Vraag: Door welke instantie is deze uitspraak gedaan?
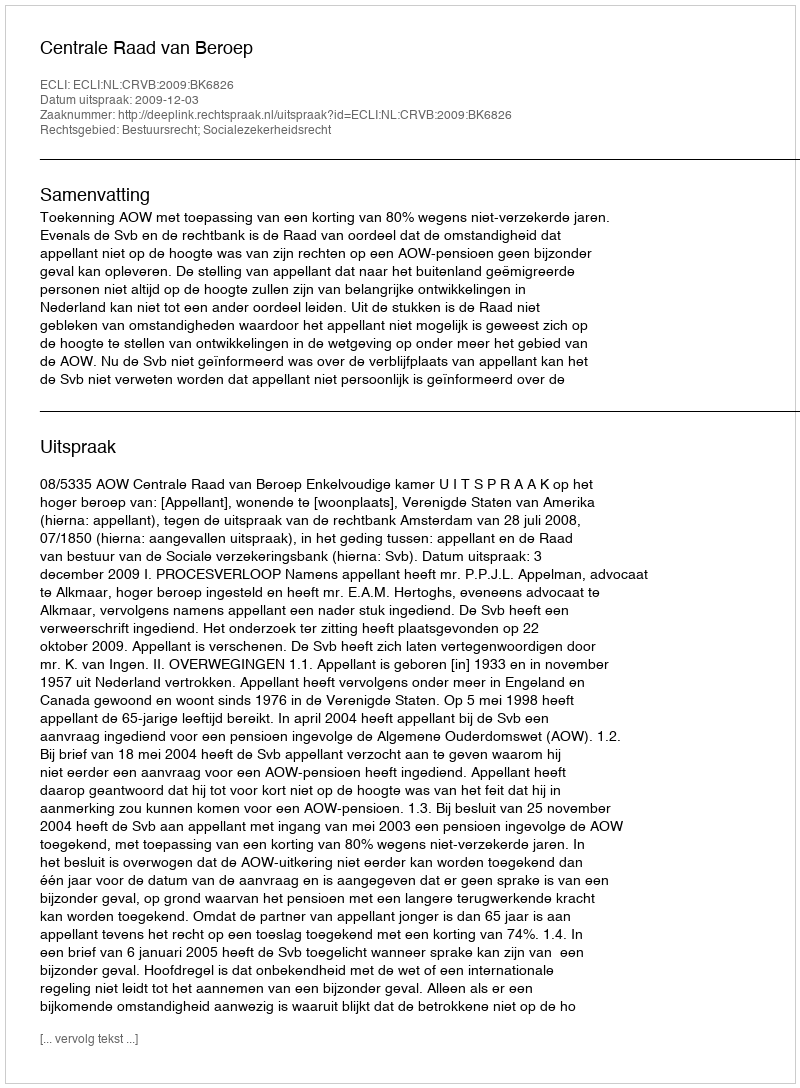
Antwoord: Centrale Raad van Beroep